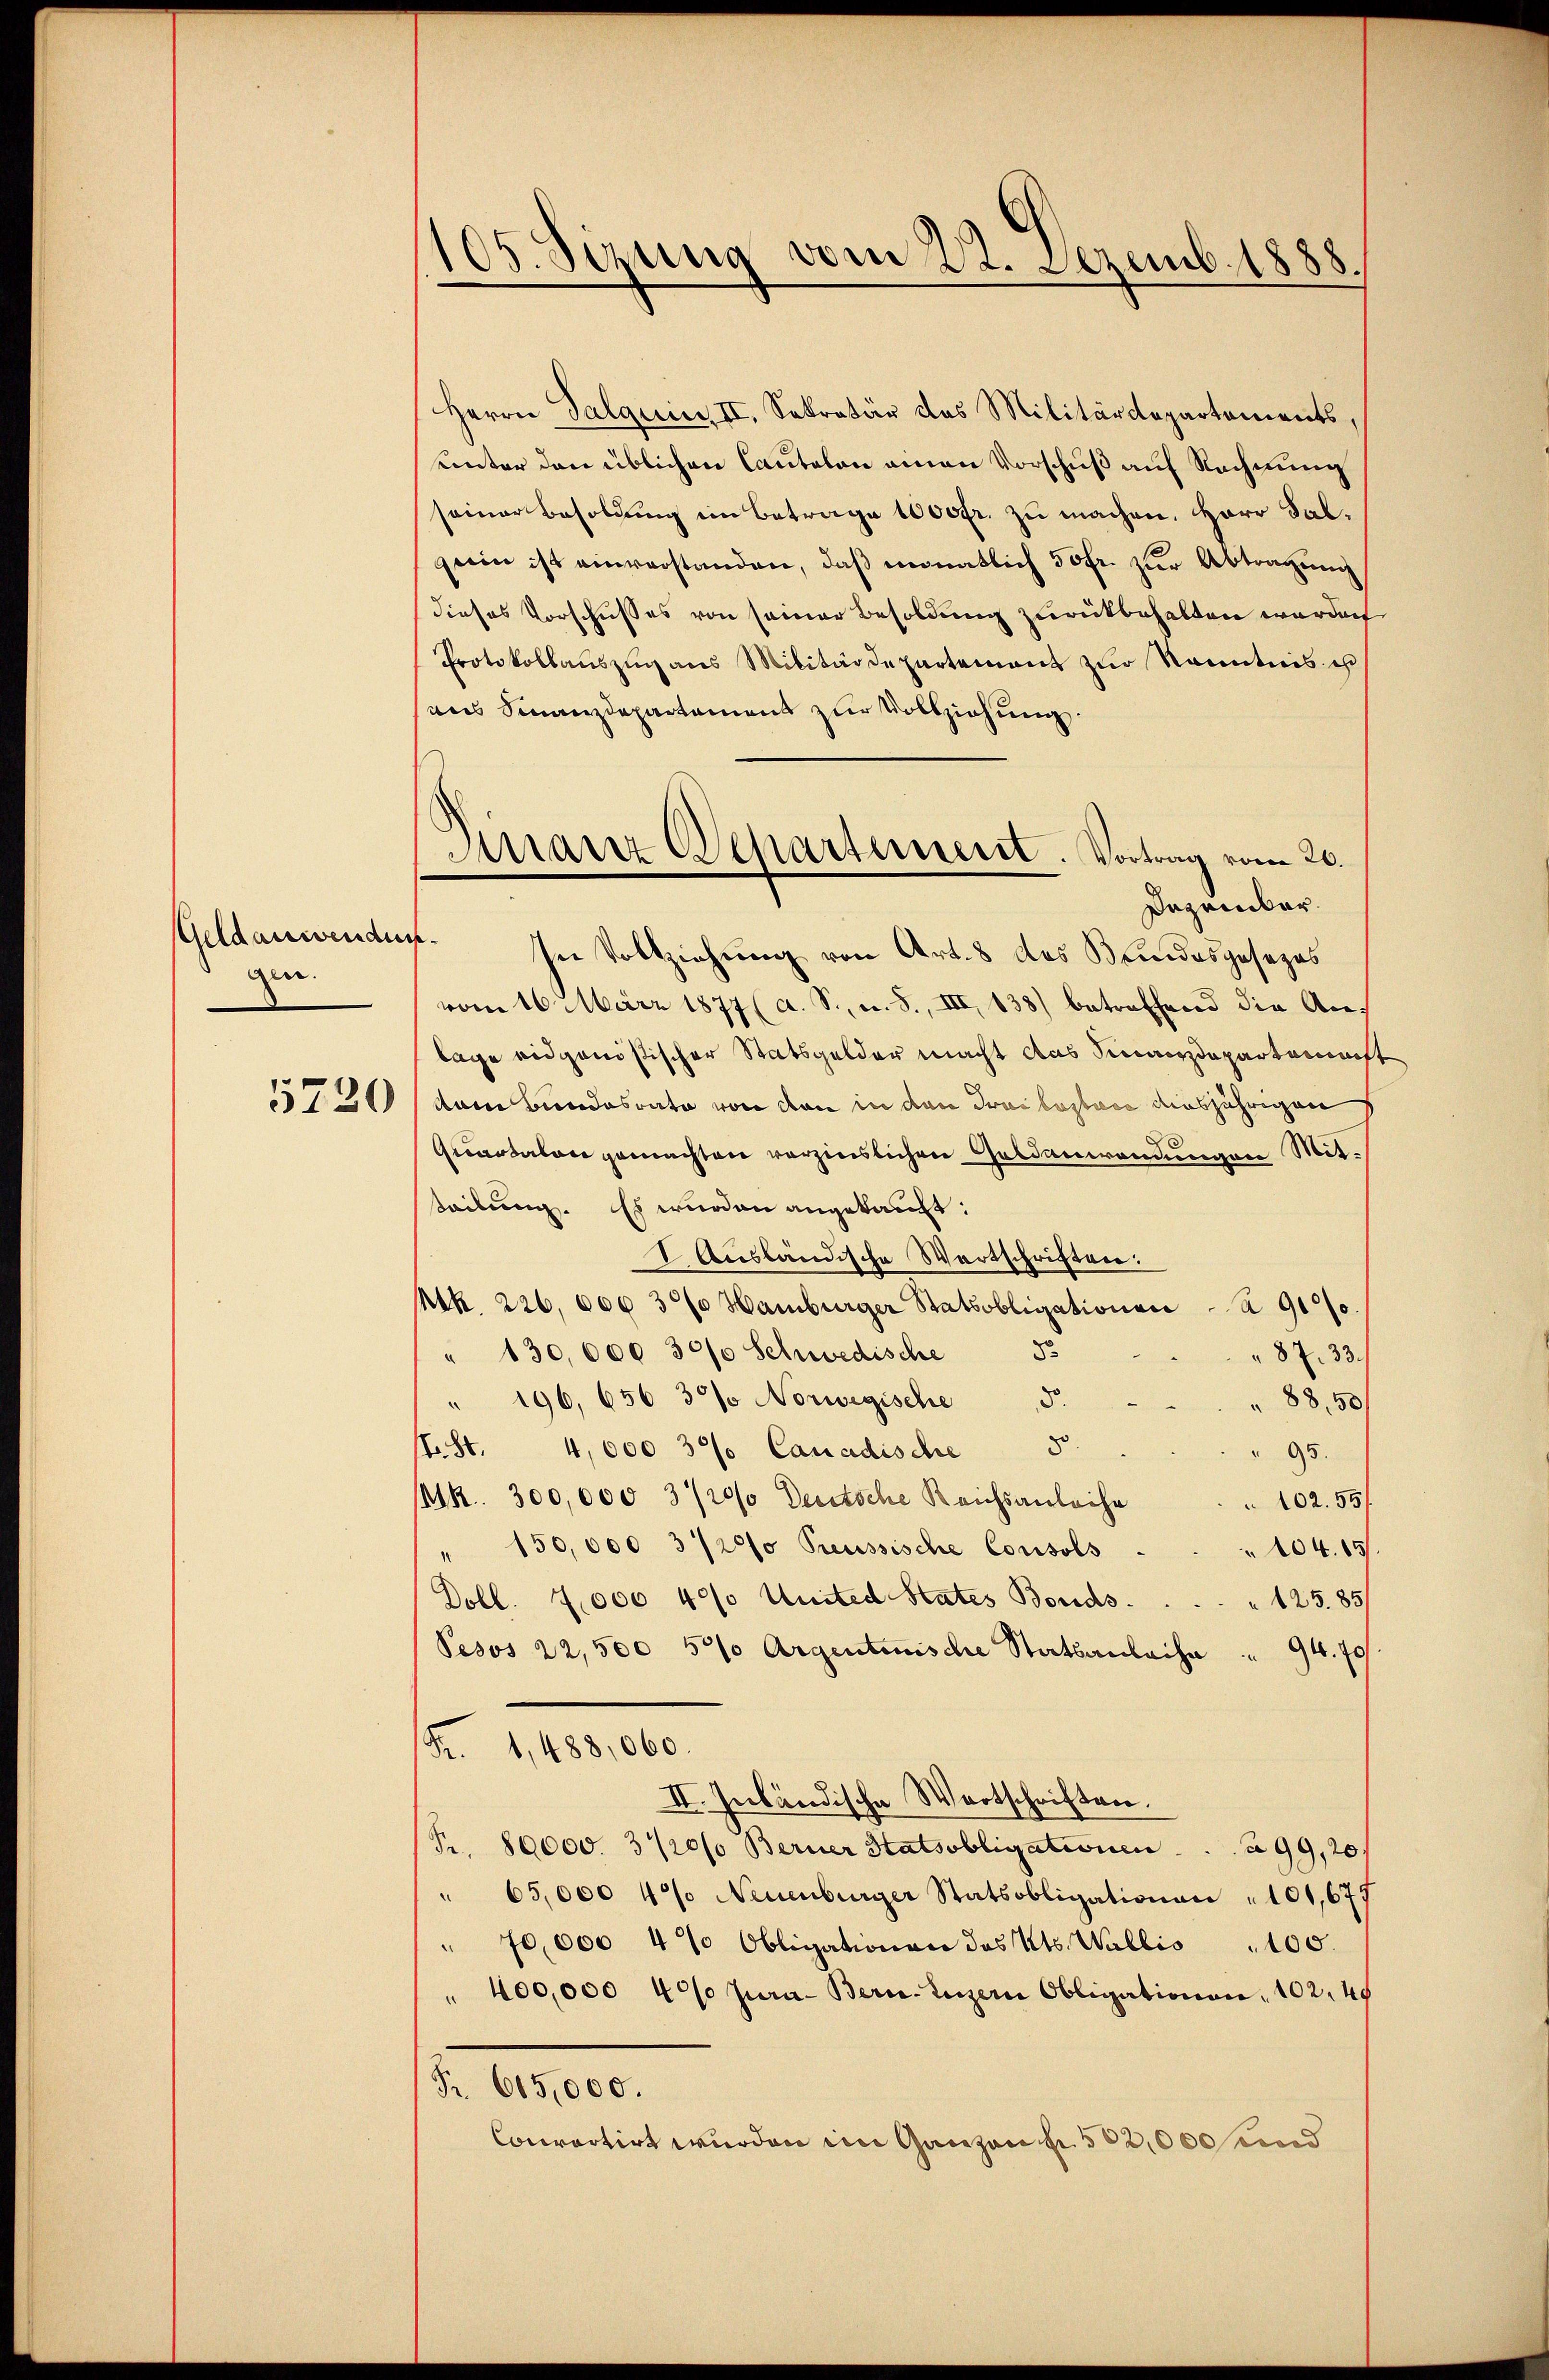
gin.
5720

105. Sizung vom 22. Dezemb. 1888.

Dinanz Departement. Vortrag vom 20.
Dezember.

Herrn Salquin II. Sekretär das Militärdepartements,
unter den üblichen Cantalon einen Vorschuß auf Rechnung
seiner Besoldung im Betrage 1000fr. zu machen. Herr Salgeein ist einverstanden, daß monatlich 50 fr. zur Abtragung
dieses Vorschußes von seiner Besoldung zurückbehalten worden
Protokollaŭszŭg ans Militärdepartement zŭr Kenntnis es
aus Finanzdepartement zur Vollziehung.
Geldanwenden. In Vollziehung von Art. 8 des Bundesgesezes
vom 16. März 1877 (d. S., u. S., III, 133) betreffend die Anlage eidgenößischer Statsgelder macht das Finanzdepartemacht
dam Bundesrate von den in den drei lastere ausjährigen
Quartalen gemachten verzinslichen Geldanwendungen Mitteilung. Es wurden angekauft:
I. Ausländische Wortschriften:
Mk. 226,000 3% Hamburger Statsobligationen A 910.
" 130,000 30/0 Schwedische 50
87. 33.
8.
88,50
" 196, 656 30% Norwegische
st. St. 4,000 35 Canadische 5.
95.
R. 300,000 3720/ Deutsche Reichsanleihe
102. 551
" 150,000 3/20 Preussische Consols
104. 15.
Doll. 7000 40% Unsted States Bonds¬
125. 85
Pesos 22,500 500 Argentunische Staatsanleihe " 94. 70
Fr. 1,488,060.
II. Inbändische Wortschriften.
Fr. 80000. 3720/ Berner Statsobligationen                       99, 20
" 65,000 4% Neuenburger Statsobligationen " 101,677
70,000 4% Obligationen das Kts. Wallis 100.
" 400,000 40% Jura - Berne-Luzern Obligationen, 102. 49
Fr. 605,000.
Courartirt wurden im Ganzen 532,000 und